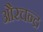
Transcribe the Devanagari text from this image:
औरचन्द्र